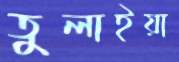
তুলাইয়া